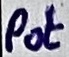
Text: Pot